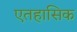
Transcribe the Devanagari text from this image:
एतहासिक